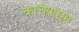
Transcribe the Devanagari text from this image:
काचेपासुन